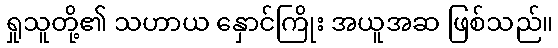
ရှုသူတို့၏ သဟာယ နှောင်ကြိုး အယူအဆ ဖြစ်သည်။